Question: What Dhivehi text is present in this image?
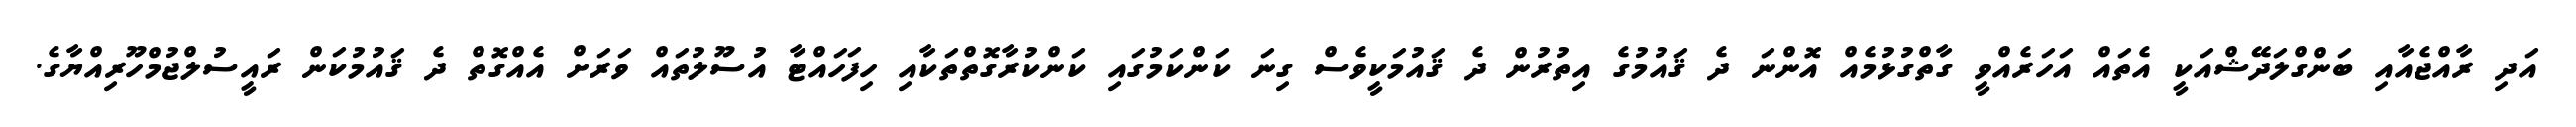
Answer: އަދި ރާއްޖެއާއި ބަންގްލަދޭޝްއަކީ އެތައް އަހަރެއްވީ ގާތްގުޅުމެއް އޮންނަ ދެ ޤައުމުގެ އިތުރުން ދެ ޤައުމަކީވެސް ގިނަ ކަންކަމުގައި ކަންކުރާގޮތްތަކާއި ހިފަހައްޓާ އުސޫލުތައް ވަރަށް އެއްގޮތް ދެ ޤައުމުކަން ރައީސުލްޖުމްހޫރިއްޔާގެ.